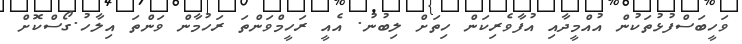
ވަހީބަސްފުޅުތަކުން އުއްމީދާއި އުފާވެރިކަން ހިތަށް ލިބުނު. އެއީ ރަހީމްވަންތަ ރަހުމާން ވަންތަ އިލާހު.ގޯސްކޮށް